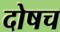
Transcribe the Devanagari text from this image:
दोषच